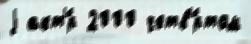
j акт'́р 2000 четв'́ртом